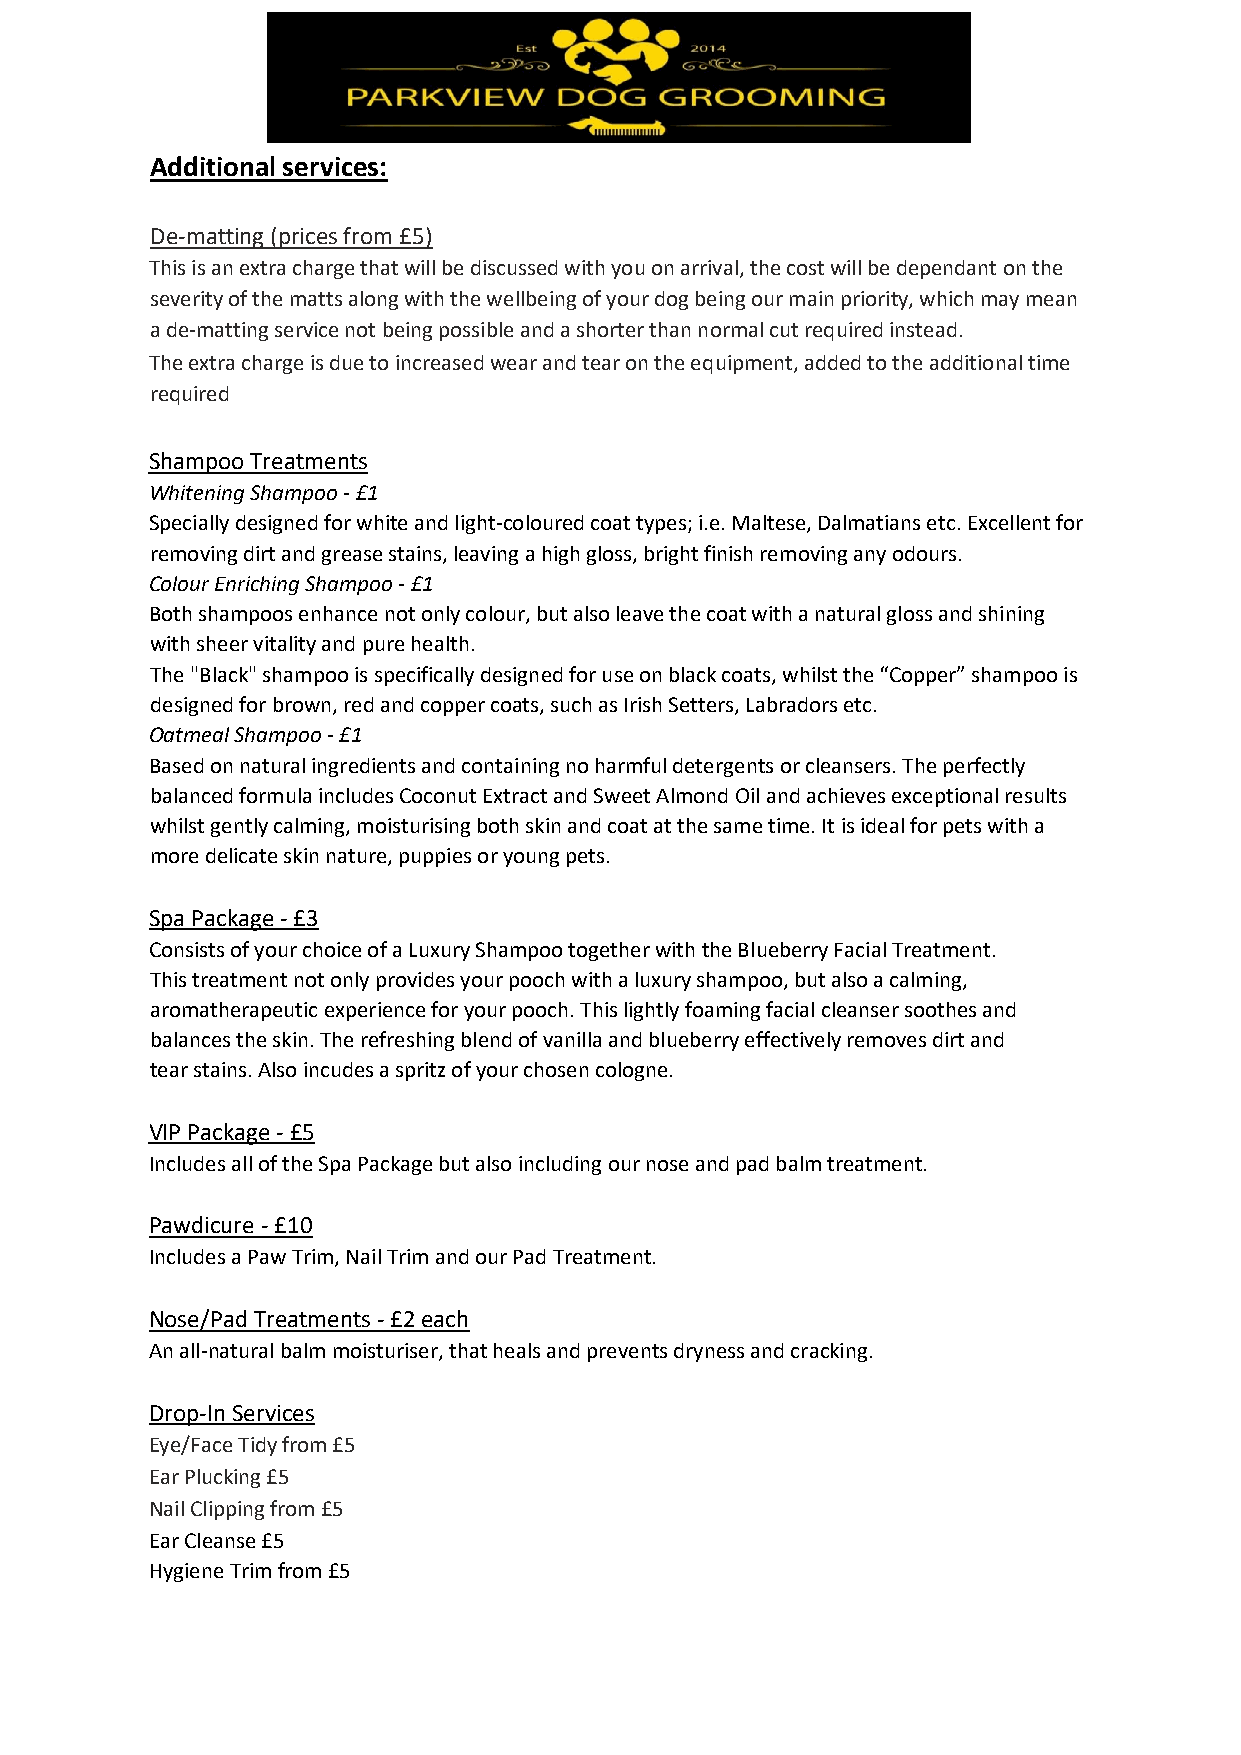
Additional services:
 De-matting (prices from £5)
 This is an extra charge that will be discussed with you on arrival, the cost will be dependant on the
 severity of the matts along with the wellbeing of your dog being our main priority, which may mean
 a de-matting service not being possible and a shorter than normal cut required instead.
 The extra charge is due to increased wear and tear on the equipment, added to the additional time
 required
 Shampoo Treatments
 Whitening Shampoo - £1
 Specially designed for white and light-coloured coat types; i.e. Maltese, Dalmatians etc. Excellent for
 removing dirt and grease stains, leaving a high gloss, bright finish removing any odours.
 Colour Enriching Shampoo - £1
 Both shampoos enhance not only colour, but also leave the coat with a natural gloss and shining
 with sheer vitality and pure health.
 The "Black" shampoo is specifically designed for use on black coats, whilst the “Copper” shampoo is
 designed for brown, red and copper coats, such as Irish Setters, Labradors etc.
 Oatmeal Shampoo - £1
 Based on natural ingredients and containing no harmful detergents or cleansers. The perfectly
 balanced formula includes Coconut Extract and Sweet Almond Oil and achieves exceptional results
 whilst gently calming, moisturising both skin and coat at the same time. It is ideal for pets with a
 more delicate skin nature, puppies or young pets.
 Spa Package - £3
 Consists of your choice of a Luxury Shampoo together with the Blueberry Facial Treatment.
 This treatment not only provides your pooch with a luxury shampoo, but also a calming,
 aromatherapeutic experience for your pooch. This lightly foaming facial cleanser soothes and
 balances the skin. The refreshing blend of vanilla and blueberry effectively removes dirt and
 tear stains. Also incudes a spritz of your chosen cologne.
 VIP Package - £5
 Includes all of the Spa Package but also including our nose and pad balm treatment.
 Pawdicure - £10
 Includes a Paw Trim, Nail Trim and our Pad Treatment.
 Nose/Pad Treatments - £2 each
 An all-natural balm moisturiser, that heals and prevents dryness and cracking.
 Drop-In Services
 Eye/Face Tidy from £5
 Ear Plucking £5
 Nail Clipping from £5
 Ear Cleanse £5
 Hygiene Trim from £5